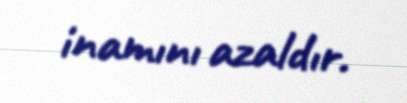
inamını azaldır.